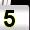
Digit: 5